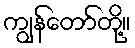
ကျွန်တော်တို့။